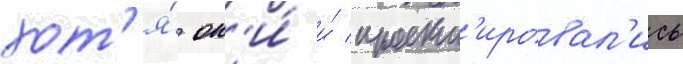
хот'я́ он'и́ и́ проект'ировал'ись